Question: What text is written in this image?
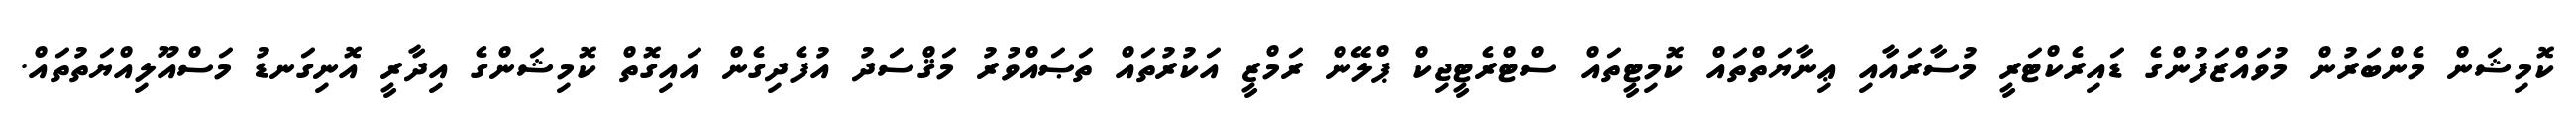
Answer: ކޮމިޝަން މެންބަރުން މުވައްޒަފުންގެ ޑައިރެކްޓަރީ މުސާރައާއި ޢިނާޔަތްތައް ކޮމިޓީތައް ސްޓްރެޓީޖިކް ޕްލޭން ރަމްޒީ އަކުރުތައް ތަޞައްވުރު މަޤްސަދު އުފެދިގެން އައިގޮތް ކޮމިޝަންގެ އިދާރީ އޮނިގަނޑު މަސްއޫލިއްޔަތުތައް.